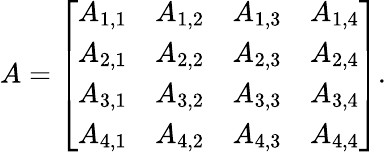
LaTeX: A=\left[\begin{array}{llll}{A_{1,1}}&{A_{1,2}}&{A_{1,3}}&{A_{1,4}}\\ {A_{2,1}}&{A_{2,2}}&{A_{2,3}}&{A_{2,4}}\\ {A_{3,1}}&{A_{3,2}}&{A_{3,3}}&{A_{3,4}}\\ {A_{4,1}}&{A_{4,2}}&{A_{4,3}}&{A_{4,4}}\end{array}\right].